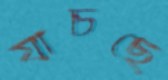
যাচছে